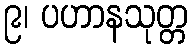
၉၊ ပဟာနသုတ္တ